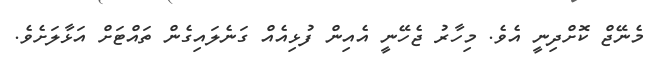
މެނޭޖް ކޮށްދިނީ އެވެ. މިހާރު ޖެހޭނީ އެއިން ފުޅިއެއް ގަނެލައިގެން ތައްޓަށް އަޅާލަށެވެ.